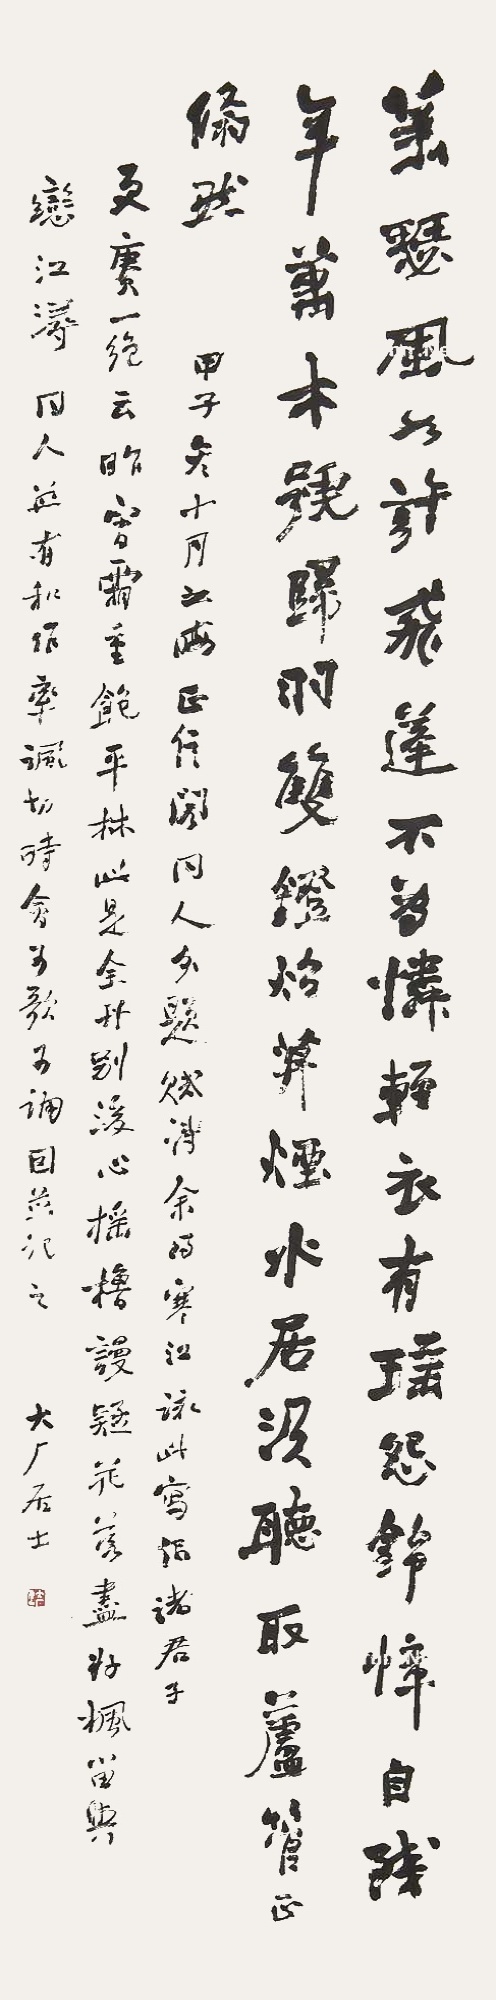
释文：萧瑟风如许，飞蓬不为怜。轻衣有瑶怨，锦幛自残年。万木号归羽，双镫照暮烟。水居须听取，芦管正翛然。甲子冬十月之晦，正信阁同人分题赋诗，余得寒江，咏此写似诸君子。更赓一绝云：“昨宵霜重饱平林，此是全丹别后心。摇橹谩疑花落尽，好枫留与恋江浔。”同人并有和作，率讽切时会，可歌可诵，因并记之。大厂居士。